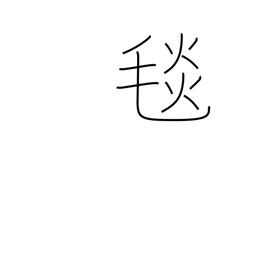
Meaning: wool rug